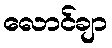
လောင်ချာ